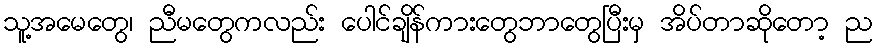
သူ့အမေတွေ၊ ညီမတွေကလည်း ပေါင်ချိန်ကားတွေဘာတွေပြီးမှ အိပ်တာဆိုတော့ ည